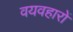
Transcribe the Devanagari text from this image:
वयवहारों